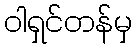
ဝါရှင်တန်မှ